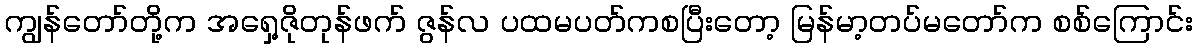
ကျွန်တော်တို့က အရှေ့ဇိုတုန်ဖက် ဇွန်လ ပထမပတ်ကစပြီးတော့ မြန်မာ့တပ်မတော်က စစ်ကြောင်း